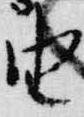
由